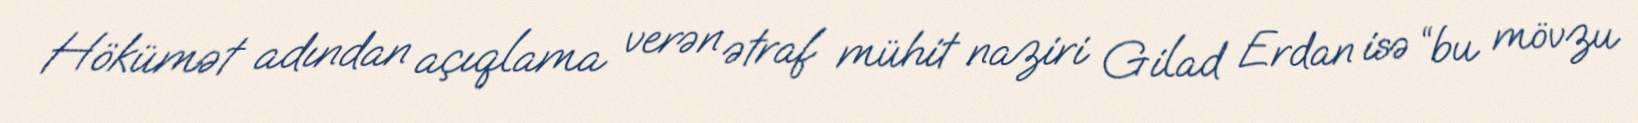
Hökümət adından açıqlama verən ətraf mühit naziri Gilad Erdan isə “bu mövzu